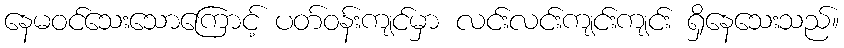
နေမဝင်သေးသောကြောင့် ပတ်ဝန်းကျင်မှာ လင်းလင်းကျင်းကျင်း ရှိနေသေးသည်။